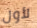
لأول